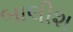
બાલીશ